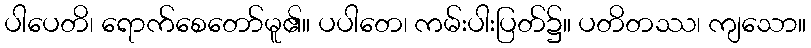
ပါပေတိ၊ ရောက်စေတော်မူ၏။ ပပါတေ၊ ကမ်းပါးပြတ်၌။ ပတိတဿ၊ ကျသော။